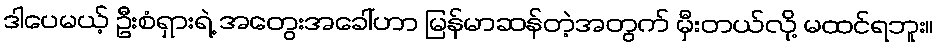
ဒါပေမယ့် ဦးစံရှားရဲ့ အတွေးအခေါ်ဟာ မြန်မာဆန်တဲ့အတွက် မှီးတယ်လို့ မထင်ရဘူး။